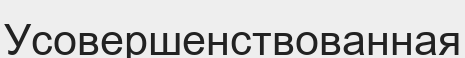
Усовершенствованная